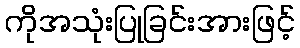
ကိုအသုံးပြုခြင်းအားဖြင့်